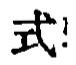
式!